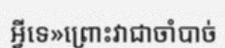
អ្វីទេ»ព្រោះវាជាចាំបាច់